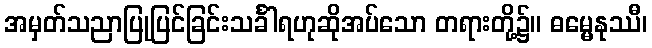
အမှတ်သညာပြုပြင်ခြင်းသင်္ခါရဟုဆိုအပ်သော တရားတို့၌။ ဓမ္မေနုဿီ၊